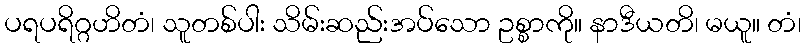
ပရပရိဂ္ဂဟိတံ၊ သူတစ်ပါး သိမ်းဆည်းအပ်သော ဥစ္စာကို။ နာဒီယတိ၊ မယူ။ တံ၊